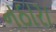
નઠારા